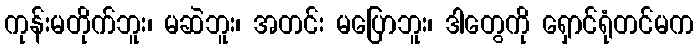
ကုန်းမတိုက်ဘူး၊ မဆဲဘူး၊ အတင်း မပြောဘူး၊ ဒါတွေကို ရှောင်ရုံတင်မက